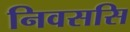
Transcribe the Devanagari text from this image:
निवससि